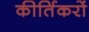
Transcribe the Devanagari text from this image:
कीर्तिकरों